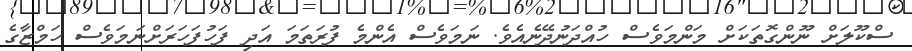
ސްކޫލަށް ނޫންގޮތަކަށް މަންމަވެސް ހުއްދަނުދޭނެއެވެ. ނަމަވެސް އެންމެ ފުރަތަމަ އަދި ފަހުފަހަރަށްނަމަވެސް ހަމްޒާގެ